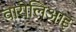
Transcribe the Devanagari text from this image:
वारोलिआइ